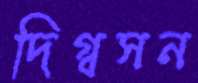
দিগ্বসন